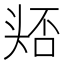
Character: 𭑛